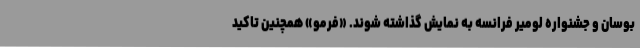
بوسان و جشنواره لومیر فرانسه به نمایش گذاشته شوند. «فرمو» همچنین تاکید